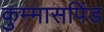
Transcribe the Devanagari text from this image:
कुम्मासपिंड